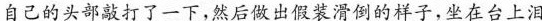
自己的头部敲打了一下，然后做出假装滑倒的样子，坐在台上泪